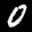
Label: 0